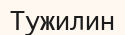
Тужилин